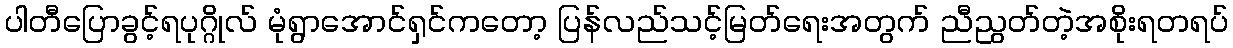
ပါတီပြောခွင့်ရပုဂ္ဂိုလ် မုံရွာအောင်ရှင်ကတော့ ပြန်လည်သင့်မြတ်ရေးအတွက် ညီညွတ်တဲ့အစိုးရတရပ်